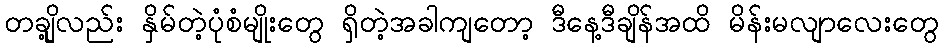
တချို့လည်း နှိမ်တဲ့ပုံစံမျိုးတွေ ရှိတဲ့အခါကျတော့ ဒီနေ့ဒီချိန်အထိ မိန်းမလျာလေးတွေ